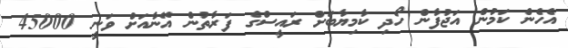
އެހެން ކަމުން އަޖުފާން ހޯދި ކާމިޔާބަށް ރައީސްގެ ފަރާތުން އޭނާއަށް ވަނީ 45000